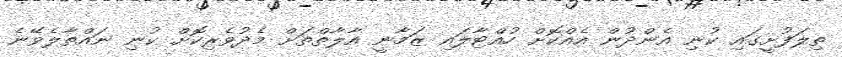
ތިލަފުށީގައި ކުނި އެންދުން އެއްކޮށް ހުއްޓާލައި ޒަމާނީ އާލާތްތަށް މެދުވެރިކޮށް ކުނި ނައްތާލެވޭނެ